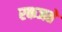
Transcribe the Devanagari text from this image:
रकजते